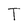
Character: T